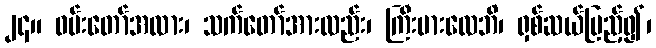
၂၄။ ဝမ်းတော်အလား၊ သက်တော်အားလည်း၊ ကြီးမားလေဘိ၊ ရှစ်ဆယ်ပြည့်၍၊